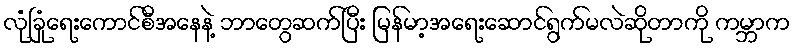
လုံခြုံရေးကောင်စီအနေနဲ့ ဘာတွေဆက်ပြီး မြန်မာ့အရေးဆောင်ရွက်မလဲဆိုတာကို ကမ္ဘာက